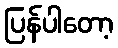
ပြန်ပါတော့